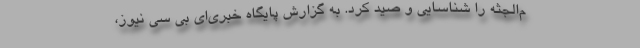
م‌الجثه را شناسایی و صید کرد. به گزارش پایگاه خبری‌ای بی سی نیوز،